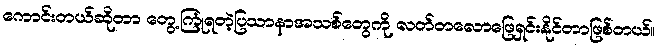
ကောင်းတယ်ဆိုတာ တွေ့ကြုံရတဲ့ပြသာနာအသစ်တွေကို လတ်တလောဖြေရှင်းနိုင်တာဖြစ်တယ်။